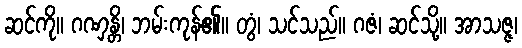
ဆင်ကို။ ဂဏှန္တိ၊ ဘမ်းကုန်၏။ တွံ၊ သင်သည်။ ဂဇံ၊ ဆင်သို့။ အာသဇ္ဇ၊